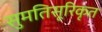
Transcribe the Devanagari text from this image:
सुमतिसूरिकृत